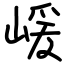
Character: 嵈